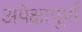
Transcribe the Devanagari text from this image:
अपेक्षापूर्ण